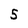
Character: 5